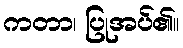
ကတာ၊ ပြုအပ်၏။